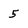
Character: 5